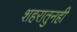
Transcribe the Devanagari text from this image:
शहरातुनही